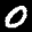
Label: 0